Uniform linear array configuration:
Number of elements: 12
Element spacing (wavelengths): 0.5
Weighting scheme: hann
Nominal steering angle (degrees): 45
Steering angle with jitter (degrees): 43.954
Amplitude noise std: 0.05
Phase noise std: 0.05

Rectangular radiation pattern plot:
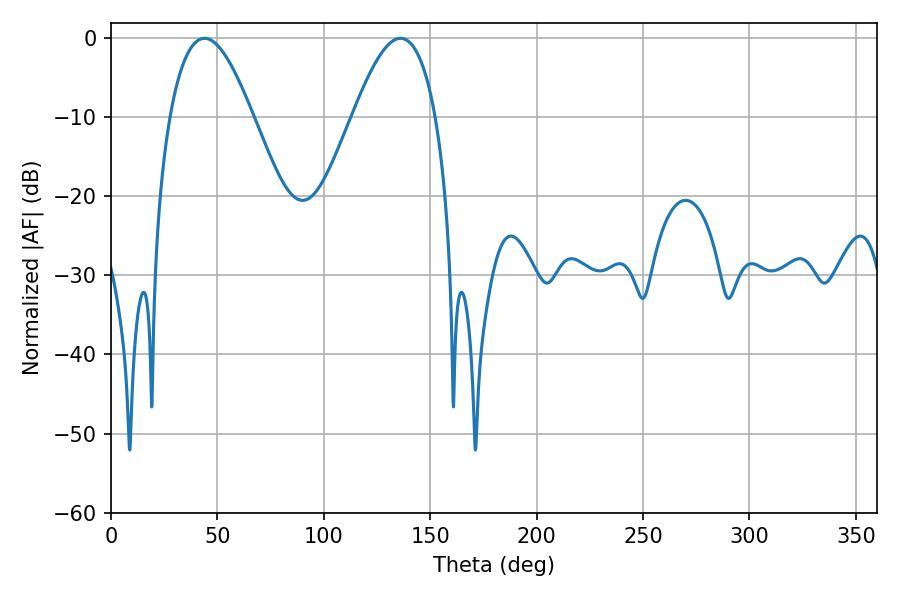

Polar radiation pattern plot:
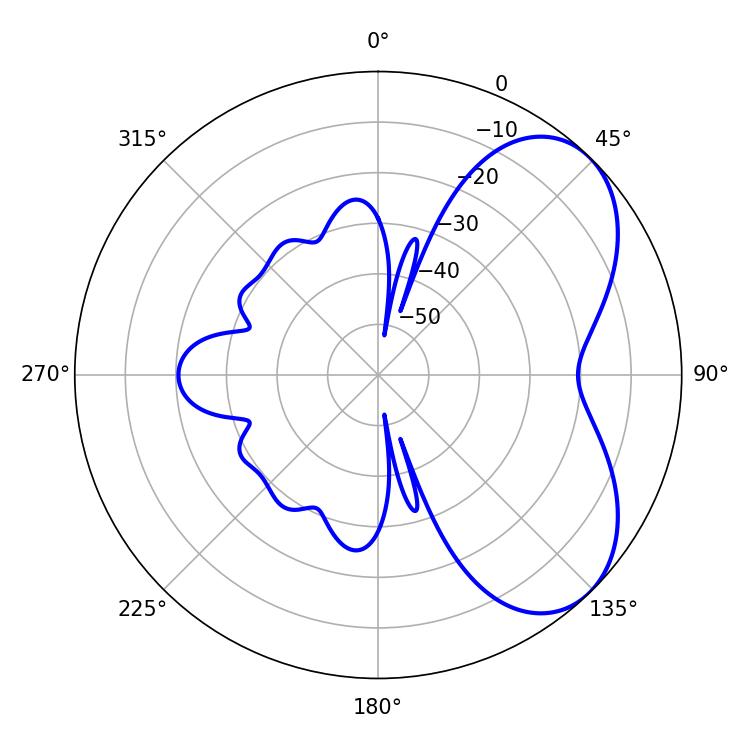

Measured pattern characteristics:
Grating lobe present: FALSE
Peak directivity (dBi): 5.452
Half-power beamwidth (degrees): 21.06
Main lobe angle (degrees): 43.92